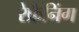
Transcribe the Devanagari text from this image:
रेफ्रैनिंग